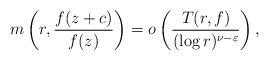
LaTeX: \begin{align*} m\left( r,\frac{f(z+c)}{f(z)}\right)= o\left(\frac{T(r,f)}{(\log r)^{\nu-\varepsilon}}\right), \end{align*}